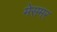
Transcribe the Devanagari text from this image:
मेसमर